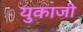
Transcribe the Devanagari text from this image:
युकाजी